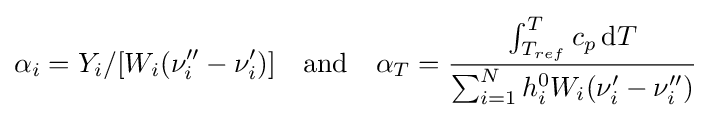
\alpha _{i}=Y_{i}/[W_{i}(\nu _{i}''-\nu _{i}')]\quad {\text{and}}\quad \alpha _{T}={\frac {\int _{T_{ref}}^{T}c_{p}\,\mathrm {d} T}{\sum _{i=1}^{N}h_{i}^{0}W_{i}(\nu _{i}'-\nu _{i}'')}}